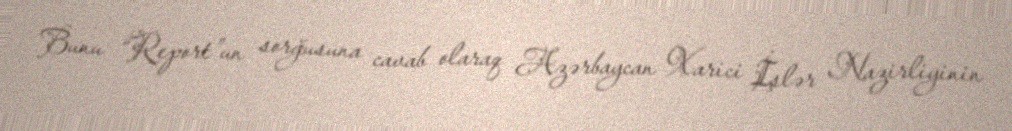
Bunu “Report”un sorğusuna cavab olaraq Azərbaycan Xarici İşlər Nazirliyinin